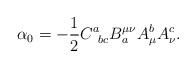
LaTeX: \begin{align*}\alpha _0=-\frac 12C_{\;\;bc}^aB_a^{\mu \nu }A_\mu ^bA_\nu ^c.\end{align*}